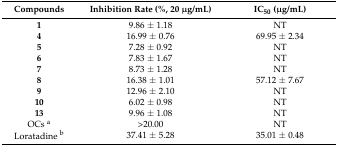
<table><thead><tr><td><b>Compounds</b></td><td><b>Inhibition Rate (%, 20 μg/mL)</b></td><td><b>IC<sub>50</sub> (μg/mL)</b></td></tr></thead><tbody><tr><td><b>1</b></td><td>9.86 ± 1.18</td><td>NT</td></tr><tr><td><b>4</b></td><td>16.99 ± 0.76</td><td>69.95 ± 2.34</td></tr><tr><td><b>5</b></td><td>7.28 ± 0.92</td><td>NT</td></tr><tr><td><b>6</b></td><td>7.83 ± 1.67</td><td>NT</td></tr><tr><td><b>7</b></td><td>8.73 ± 1.28</td><td>NT</td></tr><tr><td><b>8</b></td><td>16.38 ± 1.01</td><td>57.12 ± 7.67</td></tr><tr><td><b>9</b></td><td>12.96 ± 2.10</td><td>NT</td></tr><tr><td><b>10</b></td><td>6.02 ± 0.98</td><td>NT</td></tr><tr><td><b>13</b></td><td>9.96 ± 1.08</td><td>NT</td></tr><tr><td>OCs <sup>a</sup></td><td>&gt;20.00</td><td>NT</td></tr><tr><td>Loratadine <sup>b</sup></td><td>37.41 ± 5.28</td><td>35.01 ± 0.48</td></tr></tbody></table>